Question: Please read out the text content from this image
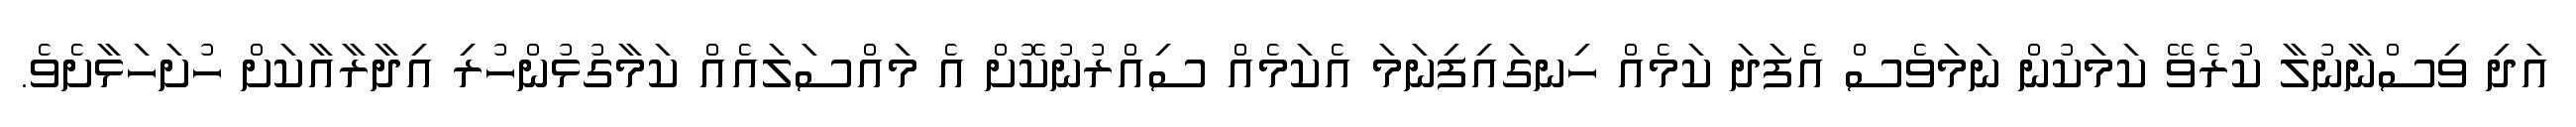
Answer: އަދި ވިސްނާނުލާ ކުރެވޭ ކަމަކުން ނަމަވެސް އެފަދަ ކަމެއް ހިނގައިފިނަމަ އެކަމެއް ސިއްރުނުކޮށް އެ މައްސަލައެއް ކަމާގުޅުންހުރި އިދާރާއާކަށް ހުށަހަޅާށެވެ.